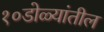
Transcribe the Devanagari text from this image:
१०डोळ्यांतील